Civil Veterinary Dept. Bombay admin report 1932-41 - 1932-1941
Year: 1932
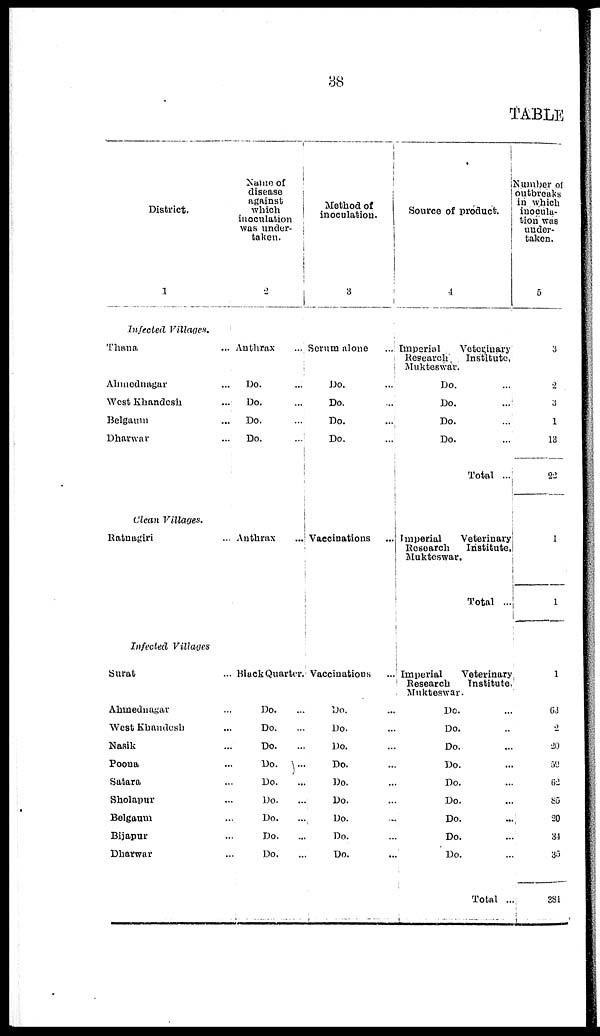
TABLE
District.
1
Infected
Villages.
Thana ...
Ahmednagar ...
West Khandesh ...
Belgaum ...
Dharwar ...
Clean Villages.
Ratnagiri ...
Infected
Villages
Surat ...
Ahmednagar ...
West Khandesh ...
Nasik ...
Poona ...
Satara ...
Sholapur ...
Belgaum ...
Bijapur ...
Dharwar ...
Name of
disease
against
which
inoculation
was under- token.
2
Anthrax ...
Do. ...
Do. ...
Do. ...
Do. ...
Anthrax
...
Black Quarter.
Do. ...
Do. ...
Do. ...
Do. ...
Do. ...
Do. ...
Do. ...
Do. ...
Do. ...
Method of
inoculation.
3
Serum alone ...
Do. ...
Do. ...
Do. ...
Do. ...
Vaccinations ...
Vaccinations ...
Do. ...
Do. ...
Do. ...
Do. ...
Do. ...
Do. ...
Do. ...
Do. ...
Do. ...
Source of product.
4
Imperial
Veterinary
Research
Institute,
Mukteswar.
Do. ...
Do. ...
Do. ...
Do. ...
Total ...
Imperial
Veterinary
Research
Institute,
Mukteswar.
Total ...
Imperial
Veterinary
Research
Institute
Mukteswar.
Do. ...
Do. ...
Do. ...
Do. ...
Do. ...
Do. ...
Do. ...
Do. ...
Do. ...
Total ...
Number of
outbreaks
in which
inocula-
tion was
under-
taken.
5
3
2
3
1
13
22
1
1
1
63
2
20
59
62i
85
20
31
35
381